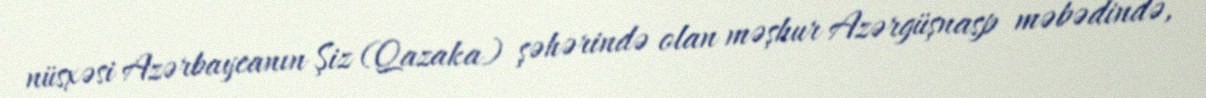
nüsxəsi Azərbaycanın Şiz (Qazaka) şəhərində olan məşhur Azərgüşnasp məbədində,